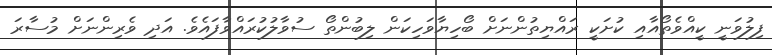
ފިލުވަނީ ކީއްވެތޯއާއި ކުށަކީ ރައްޔިތުންނަށް ބޯހިޔާވަހިކަން ލިބުންތޯ ސުވާލުކުރައްވާފައެވެ. އަދި ވެރިންނަށް މުސާރަ